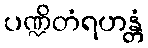
ပဏ္ဍိတံရဟန္တံ